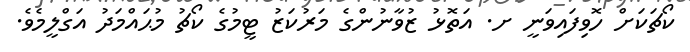
ކޯޗަކަށް ހޮވިފައިވަނީ ށ. އަތޮޅު ޒުވާނުންގެ މަރުކަޒު ޓީމުގެ ކޯޗު މުޙައްމަދު އަގްލީމެވެ.